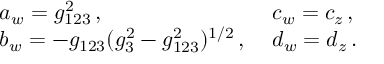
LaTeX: \begin{array} { l l } { { a _ { w } = g _ { 1 2 3 } ^ { 2 } \, , \; } } & { { c _ { w } = c _ { z } \, , } } \\ { { b _ { w } = - g _ { 1 2 3 } ( g _ { 3 } ^ { 2 } - g _ { 1 2 3 } ^ { 2 } ) ^ { 1 / 2 } \, , \; } } & { { d _ { w } = d _ { z } \, . } } \end{array}